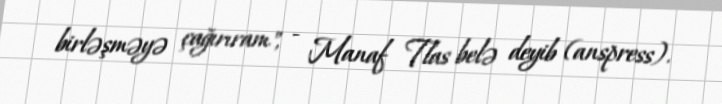
birləşməyə çağırıram", - Manaf Tlas belə deyib (anspress).